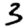
Digit: 3